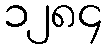
၁၂၈၄